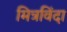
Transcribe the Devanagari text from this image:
मित्रविंदा